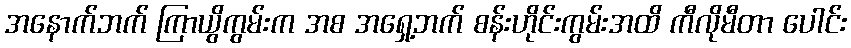
အနောက်ဘက် ကြာယွိကွမ်းက အစ အရှေ့ဘက် စန်းဟိုင်းကွမ်းအထိ ကီလိုမီတာ ပေါင်း